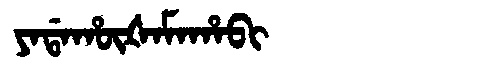
Manchu: ᠶᠠᡩᠠᡥᡡᡧᠠᠮᠠᡥᠠᠪᡳ
Romanization: YADAHŪŠAMAHABI